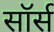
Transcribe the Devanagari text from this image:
सॉर्स